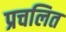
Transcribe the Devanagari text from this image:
प्रचलित